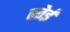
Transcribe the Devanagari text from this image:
स्तेईं